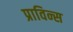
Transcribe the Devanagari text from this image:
प्राविन्स